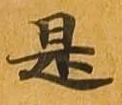
是